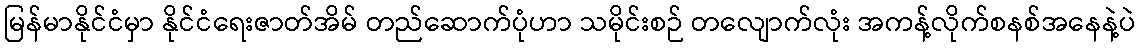
မြန်မာနိုင်ငံမှာ နိုင်ငံရေးဇာတ်အိမ် တည်ဆောက်ပုံဟာ သမိုင်းစဉ် တလျောက်လုံး အကန့်လိုက်စနစ်အနေနဲ့ပဲ